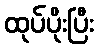
ထုပ်ပိုးပြီး